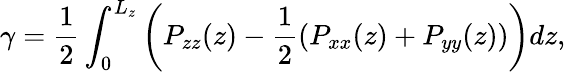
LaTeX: \gamma=\frac{1}{2}\int_{0}^{L_{z}}\left(P_{zz}(z)-\frac{1}{2}\left(P_{xx}(z)+P_{yy}(z)\right)\right)dz,